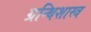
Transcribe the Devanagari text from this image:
ग्रन्थिशास्त्र